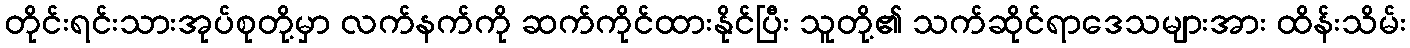
တိုင်းရင်းသားအုပ်စုတို့မှာ လက်နက်ကို ဆက်ကိုင်ထားနိုင်ပြီး သူတို့၏ သက်ဆိုင်ရာဒေသများအား ထိန်းသိမ်း